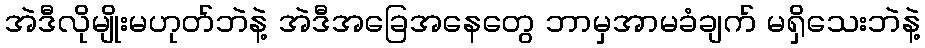
အဲဒီလိုမျိုးမဟုတ်ဘဲနဲ့ အဲဒီအခြေအနေတွေ ဘာမှအာမခံချက် မရှိသေးဘဲနဲ့